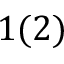
1 ( 2 )